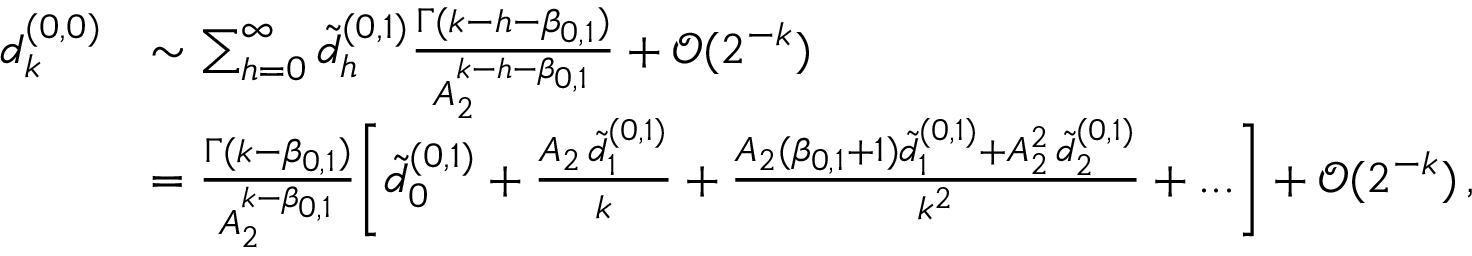
\begin{array} { r l } { d _ { k } ^ { ( 0 , 0 ) } } & { \sim \sum _ { h = 0 } ^ { \infty } \tilde { d } _ { h } ^ { ( 0 , 1 ) } \frac { \Gamma ( k - h - \beta _ { 0 , 1 } ) } { A _ { 2 } ^ { k - h - \beta _ { 0 , 1 } } } + { \mathcal O } ( 2 ^ { - k } ) } \\ & { = \frac { \Gamma ( k - \beta _ { 0 , 1 } ) } { A _ { 2 } ^ { k - \beta _ { 0 , 1 } } } \bigg [ \tilde { d } _ { 0 } ^ { ( 0 , 1 ) } + \frac { A _ { 2 } \, \tilde { d } _ { 1 } ^ { ( 0 , 1 ) } } { k } + \frac { A _ { 2 } ( \beta _ { 0 , 1 } + 1 ) \tilde { d } _ { 1 } ^ { ( 0 , 1 ) } + A _ { 2 } ^ { 2 } \, \tilde { d } _ { 2 } ^ { ( 0 , 1 ) } } { k ^ { 2 } } + . . . \bigg ] + { \mathcal O } ( 2 ^ { - k } ) \, , } \end{array}